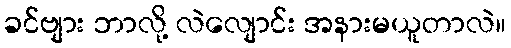
ခင်ဗျား ဘာလို့ လဲလျောင်း အနားမယူတာလဲ။